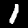
Digit: 1